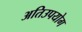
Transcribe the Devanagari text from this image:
अतिउपयोग